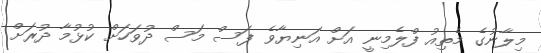
މިލާނުގެ މެތިއު ފްލެމިނީ އަށް އަނިޔާވެ ފަސް މަސް ދުވަހަށް ކުޅުމާ ދުރަށް